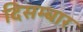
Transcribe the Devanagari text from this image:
दिसम्बार